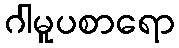
ဂါမူပစာရော